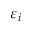
\varepsilon _ { i }